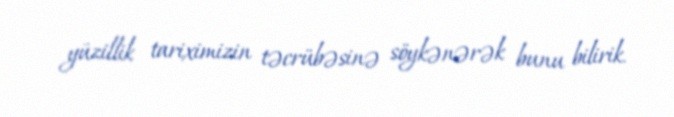
yüzillik tariximizin təcrübəsinə söykənərək bunu bilirik.